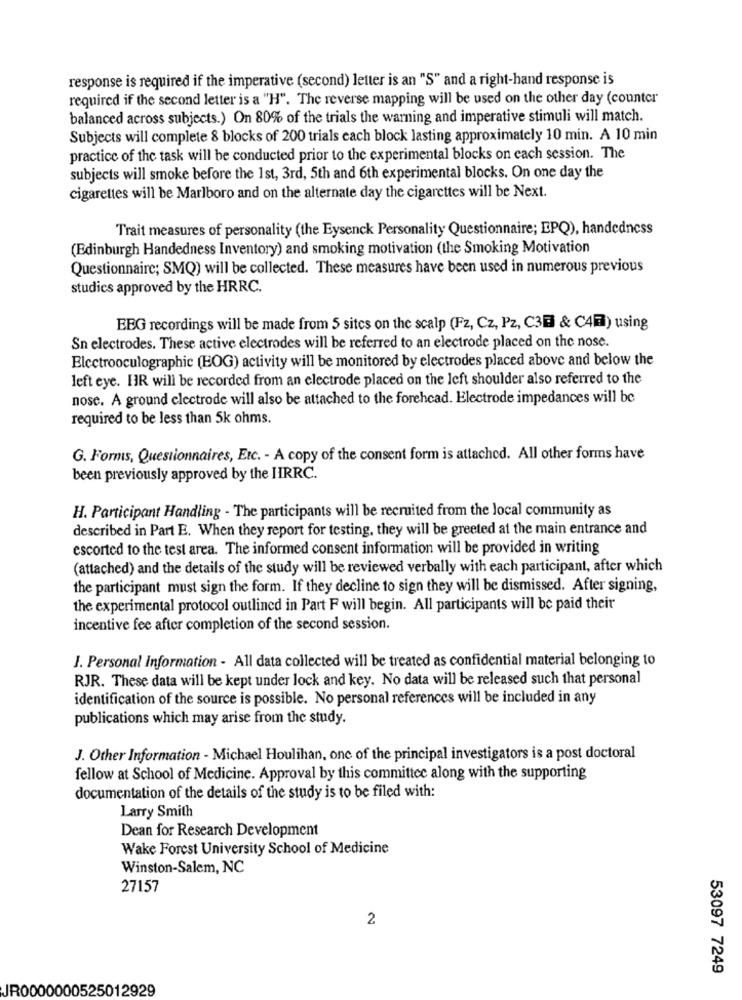
response is required if the imperative (second) letter is an "S" and a right-hand response is
required if the second letter is a "H". The reverse mapping will be used on the other day (counter
balanced across subjects.) On 80% of the trials the warning and imperative stimuli will match.
Subjects will complete 8 blocks of 200 trials each block lasting approximately 10 min. A 10 min
practice of the task will be conducted prior to the experimental blocks on each session. The
subjects will smoke before the 1st, 3rd, 5th and 6th experimental blocks. On one day the
cigarettes will be Marlboro and on the alternate day the cigarettes will be Next.
Trait measures of personality (the Eysenck Personality Questionnaire; EPQ), handedness
(Edinburgh Handedness Inventory) and smoking motivation (the Smoking Motivation
Questionnaire; SMQ) will be collected. These measures have been used in numerous previous
studics approved by the HRRC.
EBG recordings will be made from 5 sites on the scalp (Fz, Cz, Pz, C3E & C4) using
Sn electrodes. These active electrodes will be referred to an electrode placed on the nose.
Electrooculographic (EOG) activity will be monitored by electrodes placed above and below the
left eye. HR will be recorded from an electrode placed on the left shoulder also referred to the
nose. A ground electrode will also be attached to the forehcad. Electrode impedances will be
required to be less than 5k ohms.
G. Forms, Questionnaires, Etc. - A copy of the consent form is attached. All other forms have
been previously approved by the HIRRC.
H. Participant Handling - The participants will be recruited from the local community as
described in Part E. When they report for testing, they will be greeted at the main entrance and
escorted to the test area. The informed consent information will be provided in writing
(attached) and the details of the study will be reviewed verbally with each participant, after which
the participant must sign the form. If they decline to sign they will be dismissed. After signing,
the experimental protocol outlined in Part F will begin. All participants will be paid their
incentive fee after completion of the second session.
J. Personal Information - All data collected will be treated as confidential material belonging to
RJR. These data will be kept under lock and key. No data will be released such that personal
identification of the source is possible. No personal references will be included in any
publications which may arise from the study.
J. Other Information - Michael Houlihan, one of the principal investigators is a post doctoral
fellow at School of Medicine. Approval by this committee along with the supporting
documentation of the details of the study is to be filed with:
Larry Smith
Dean for Research Development
Wake Forest University School of Medicine
Winston-Salem, NC
27157
2
53097 7249
JR0000000525012929